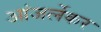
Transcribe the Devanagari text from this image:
आंजर्लेकर